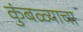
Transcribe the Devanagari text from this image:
कुंबळ्याचा